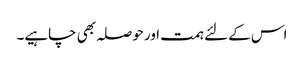
اس کے لئے ہمت اور حوصلہ بھی چاہیے۔